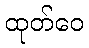
ထုတ်ဝေ